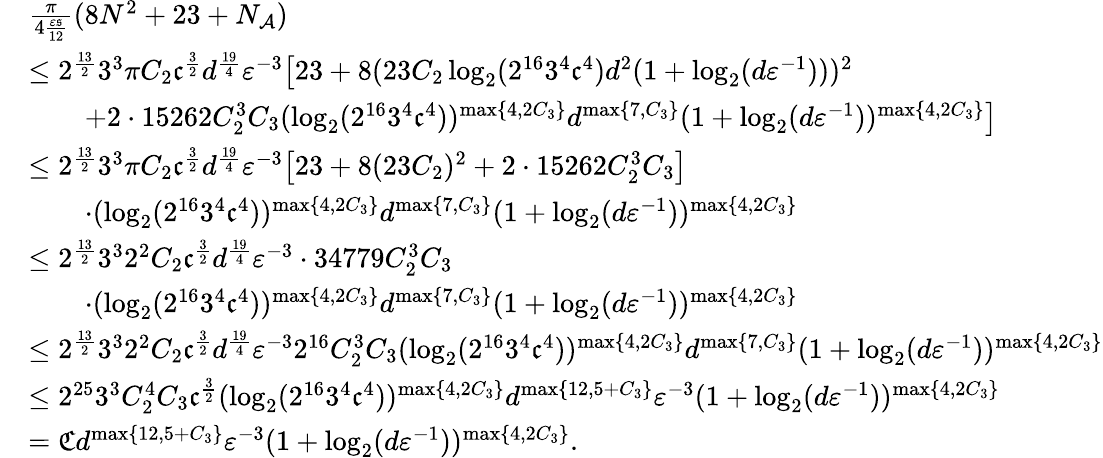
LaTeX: \begin{array}{rl}&{\frac{\pi}{4\frac{{\varepsilon}\mathfrak{s}}{12}}(8N^{2}+23+N_{\mathcal{A}})}\\ &{\leq 2^{\frac{13}{2}}3^{3}\pi C_{2}\mathfrak{c}^{\frac{3}{2}}d^{\frac{19}{4}}{\varepsilon}^{-3}\big[23+8(23C_{2}\log_{2}(2^{16}3^{4}\mathfrak{c}^{4})d^{2}(1+\log_{2}(d{\varepsilon}^{-1})))^{2}}\\ &{\qquad+2\cdot 15262C_{2}^{3}C_{3}(\log_{2}(2^{16}3^{4}\mathfrak{c}^{4}))^{\operatorname*{max}\{ 4,2C_{3}\} }d^{\operatorname*{max}\{ 7,C_{3}\} }(1+\log_{2}(d{\varepsilon}^{-1}))^{\operatorname*{max}\{ 4,2C_{3}\} }\big]}\\ &{\leq 2^{\frac{13}{2}}3^{3}\pi C_{2}\mathfrak{c}^{\frac{3}{2}}d^{\frac{19}{4}}{\varepsilon}^{-3}\big[23+8(23C_{2})^{2}+2\cdot 15262C_{2}^{3}C_{3}\big]}\\ &{\qquad\cdot(\log_{2}(2^{16}3^{4}\mathfrak{c}^{4}))^{\operatorname*{max}\{ 4,2C_{3}\} }d^{\operatorname*{max}\{ 7,C_{3}\} }(1+\log_{2}(d{\varepsilon}^{-1}))^{\operatorname*{max}\{ 4,2C_{3}\} }}\\ &{\leq 2^{\frac{13}{2}}3^{3}2^{2}C_{2}\mathfrak{c}^{\frac{3}{2}}d^{\frac{19}{4}}{\varepsilon}^{-3}\cdot 34779C_{2}^{3}C_{3}}\\ &{\qquad\cdot(\log_{2}(2^{16}3^{4}\mathfrak{c}^{4}))^{\operatorname*{max}\{ 4,2C_{3}\} }d^{\operatorname*{max}\{ 7,C_{3}\} }(1+\log_{2}(d{\varepsilon}^{-1}))^{\operatorname*{max}\{ 4,2C_{3}\} }}\\ &{\leq 2^{\frac{13}{2}}3^{3}2^{2}C_{2}\mathfrak{c}^{\frac{3}{2}}d^{\frac{19}{4}}{\varepsilon}^{-3}2^{16}C_{2}^{3}C_{3}(\log_{2}(2^{16}3^{4}\mathfrak{c}^{4}))^{\operatorname*{max}\{ 4,2C_{3}\} }d^{\operatorname*{max}\{ 7,C_{3}\} }(1+\log_{2}(d{\varepsilon}^{-1}))^{\operatorname*{max}\{ 4,2C_{3}\} }}\\ &{\leq 2^{25}3^{3}C_{2}^{4}C_{3}\mathfrak{c}^{\frac{3}{2}}(\log_{2}(2^{16}3^{4}\mathfrak{c}^{4}))^{\operatorname*{max}\{ 4,2C_{3}\} }d^{\operatorname*{max}\{ 12,5+C_{3}\} }{\varepsilon}^{-3}(1+\log_{2}(d{\varepsilon}^{-1}))^{\operatorname*{max}\{ 4,2C_{3}\} }}\\ &{=\mathfrak{C}d^{\operatorname*{max}\{ 12,5+C_{3}\} }{\varepsilon}^{-3}(1+\log_{2}(d{\varepsilon}^{-1}))^{\operatorname*{max}\{ 4,2C_{3}\} }.}\end{array}